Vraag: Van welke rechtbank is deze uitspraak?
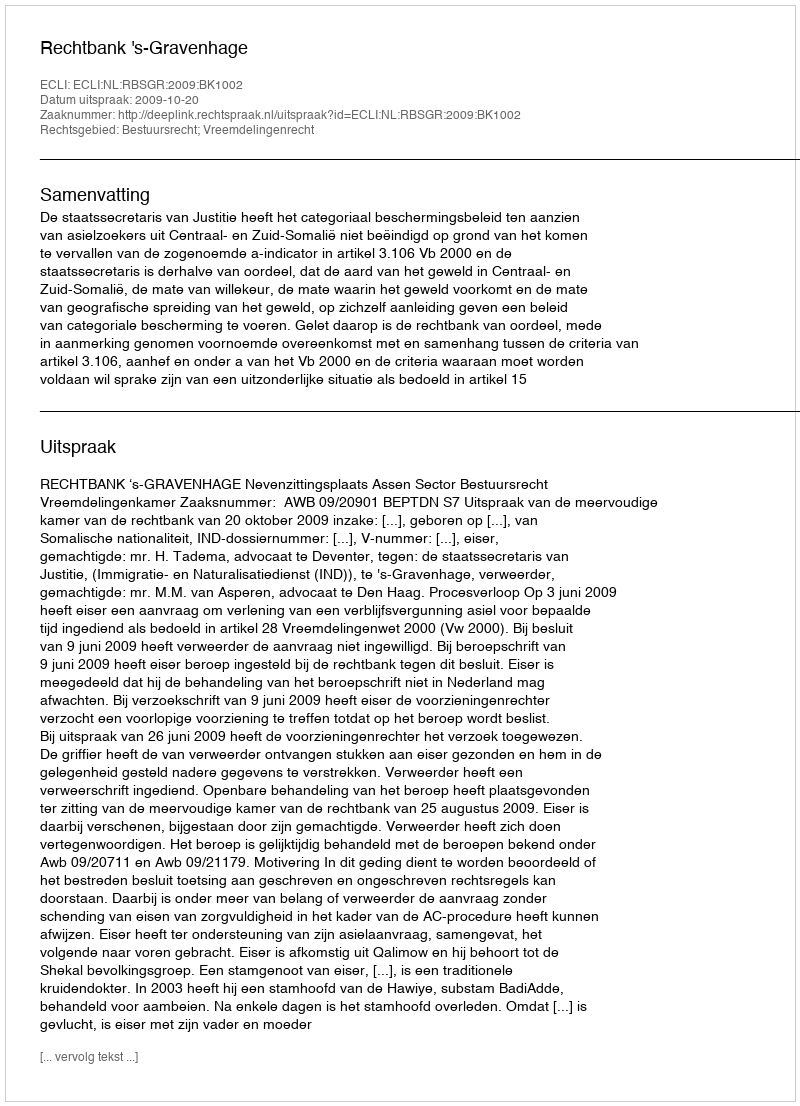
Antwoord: Rechtbank 's-Gravenhage